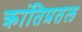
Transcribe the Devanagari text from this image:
क्रांतिप्रतल